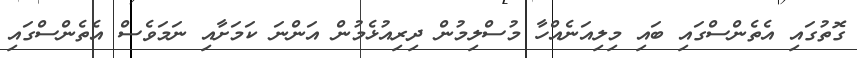
ގޮތުގައި އެތެންސްގައި ބައި މިލިއަނެއްހާ މުސްލިމުން ދިރިއުޅެމުން އަންނަ ކަމަށާއި ނަމަވެސް އެތެންސްގައި